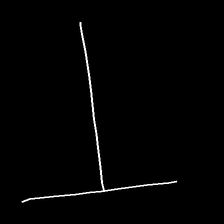
Glyph: column